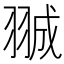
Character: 𮊽